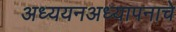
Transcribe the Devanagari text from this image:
अध्ययनअध्यापनाचे